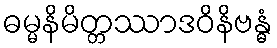
ဓမ္မနိမိတ္တဿာဒဝိနိဗန္ဓံ